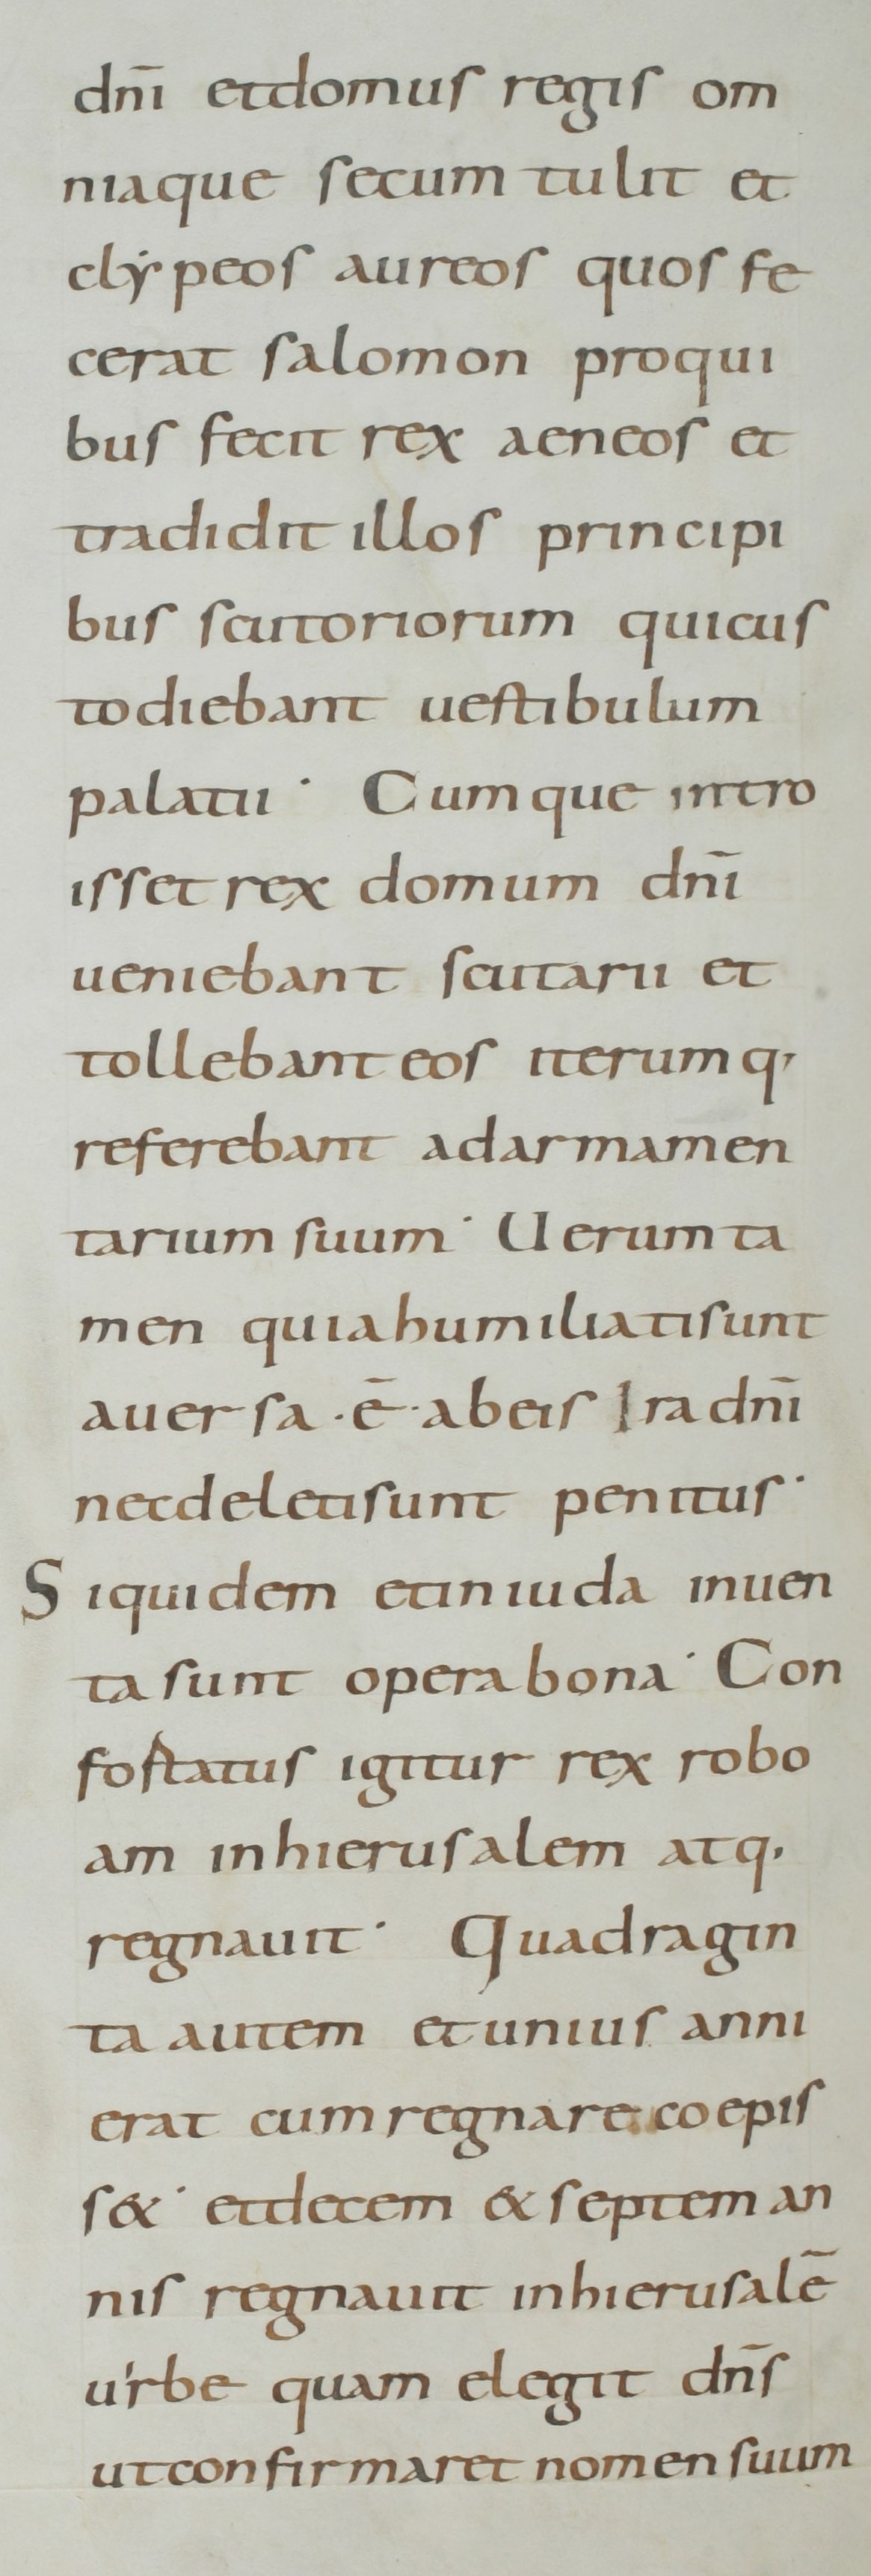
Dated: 800–899